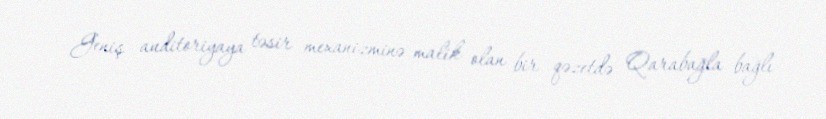
Geniş auditoriyaya təsir mexanizminə malik olan bir qəzetdə Qarabağla bağlı